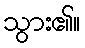
သွား၏။